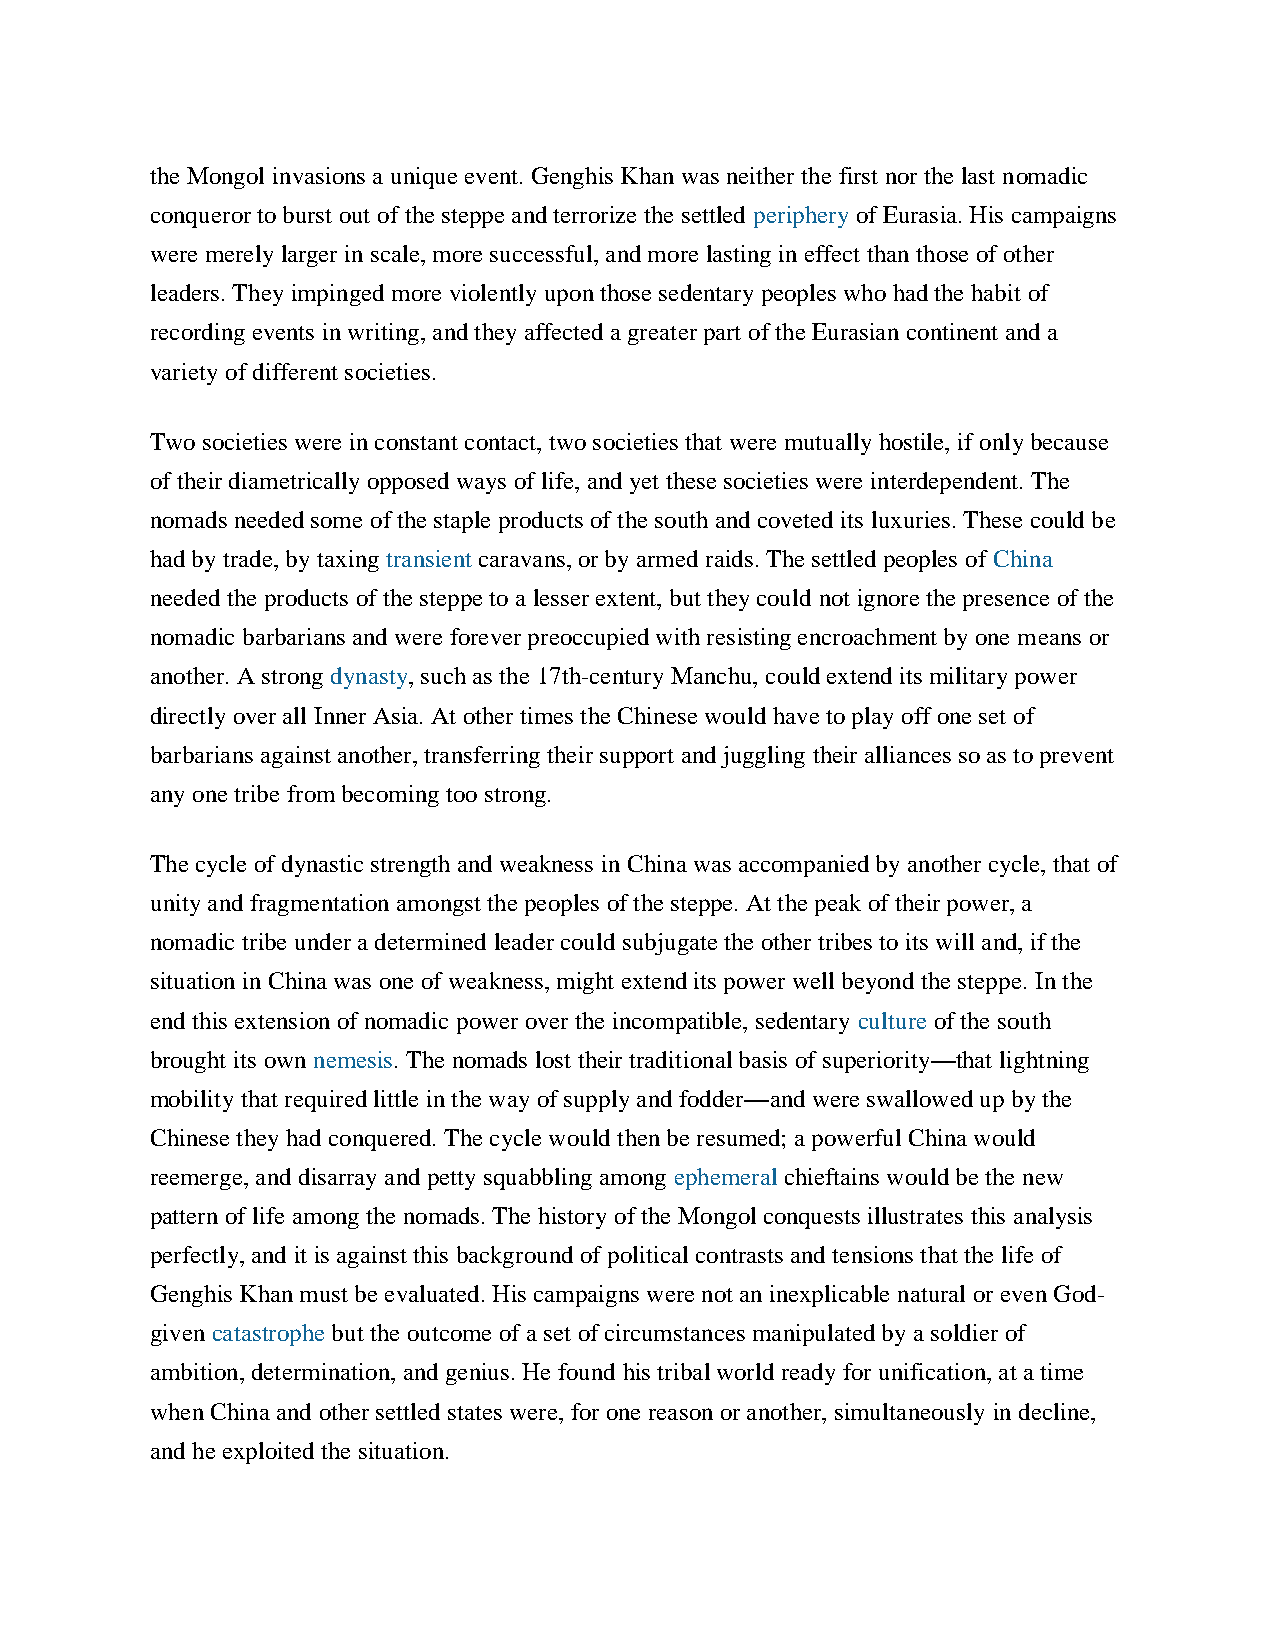
the Mongol invasions a unique event. Genghis Khan was neither the first nor the last nomadic
 conqueror to burst out of the steppe and terrorize the settled periphery of Eurasia. His campaigns
 were merely larger in scale, more successful, and more lasting in effect than those of other
 leaders. They impinged more violently upon those sedentary peoples who had the habit of
 recording events in writing, and they affected a greater part of the Eurasian continent and a
 variety of different societies.
 Two societies were in constant contact, two societies that were mutually hostile, if only because
 of their diametrically opposed ways of life, and yet these societies were interdependent. The
 nomads needed some of the staple products of the south and coveted its luxuries. These could be
 had by trade, by taxing transient caravans, or by armed raids. The settled peoples of China
 needed the products of the steppe to a lesser extent, but they could not ignore the presence of the
 nomadic barbarians and were forever preoccupied with resisting encroachment by one means or
 another. A strong dynasty, such as the 17th-century Manchu, could extend its military power
 directly over all Inner Asia. At other times the Chinese would have to play off one set of
 barbarians against another, transferring their support and juggling their alliances so as to prevent
 any one tribe from becoming too strong.
 The cycle of dynastic strength and weakness in China was accompanied by another cycle, that of
 unity and fragmentation amongst the peoples of the steppe. At the peak of their power, a
 nomadic tribe under a determined leader could subjugate the other tribes to its will and, if the
 situation in China was one of weakness, might extend its power well beyond the steppe. In the
 end this extension of nomadic power over the incompatible, sedentary culture of the south
 brought its own nemesis. The nomads lost their traditional basis of superiority—that lightning
 mobility that required little in the way of supply and fodder—and were swallowed up by the
 Chinese they had conquered. The cycle would then be resumed; a powerful China would
 reemerge, and disarray and petty squabbling among ephemeral chieftains would be the new
 pattern of life among the nomads. The history of the Mongol conquests illustrates this analysis
 perfectly, and it is against this background of political contrasts and tensions that the life of
 Genghis Khan must be evaluated. His campaigns were not an inexplicable natural or even God-
 given catastrophe but the outcome of a set of circumstances manipulated by a soldier of
 ambition, determination, and genius. He found his tribal world ready for unification, at a time
 when China and other settled states were, for one reason or another, simultaneously in decline,
 and he exploited the situation.